Juuru_vallavalitsus, lk 57
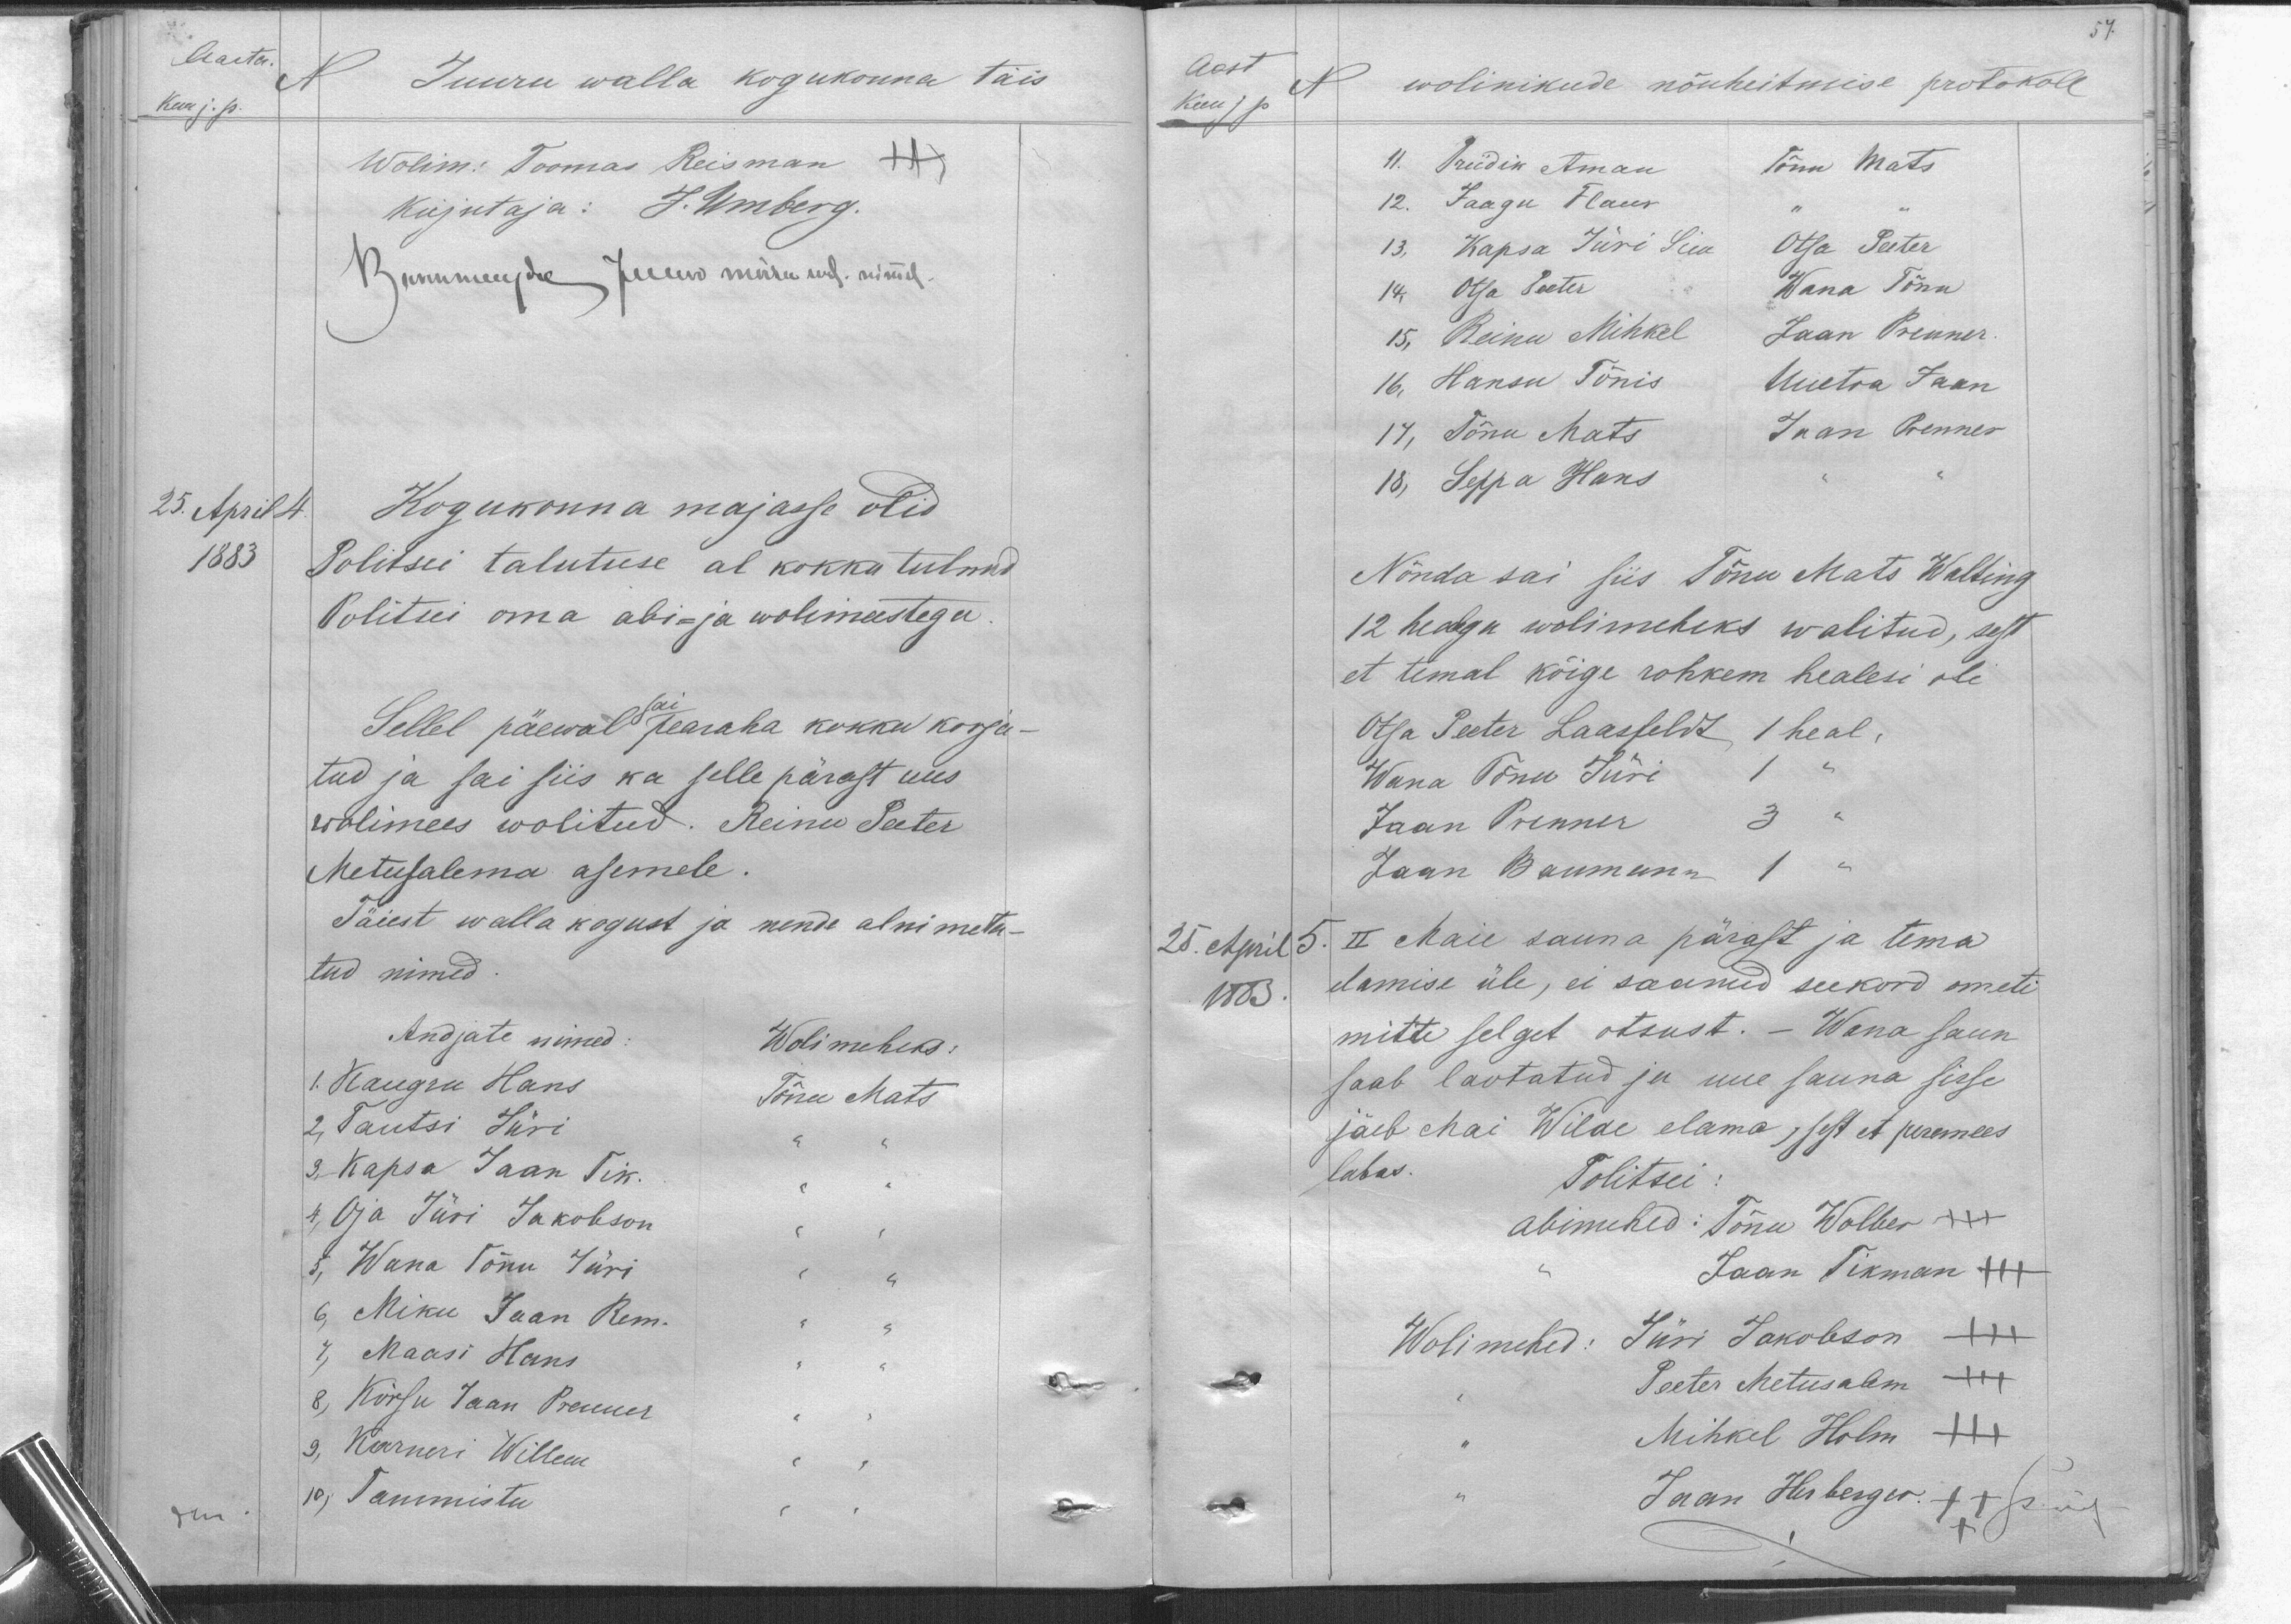
Aasta.
N
Kuu j. s.
Juuru walla kogukonna täis
Wolim: Toomas Reisman +++
Kirjutaja: J. Umberg.
Kannemuldse Jeecew märw uul. nimel
25. April 4.
1883
Kogukonna majasse olid
Politsei talutuse al kokku tulnud
Politsei oma abi- ja wolimeestega
Sellel päewal sai pearaha kokku korja-
tud ja sai siis ka selle pärast uus
wolimees wolitud. Reinu Peeter
Metusalema asemele.
Täiest walla kogust ja nende alnimeta-
tud nimed
Andjate nimed
Wolimeheks:
1. Kaugru Hans
Tõnu Mats
2. Tautsi Jüri
3. Kapsa Jaan Tik.
4. Oja Jüri Jakobson
5. Wana Tõnu Jüri
6. Miku Jaan Rem.
7. Maasi Hans.
8. Kõrsu Jaan Prenner
3. Kerneri Willem
10. Tammistu.

57.
Aast
N
Kuu j p
wolinikude nõuheitmise protokoll.
11, Priidik Aman
Tõnu Mats
12, Jaagu Flaur
13, Kapsa Jüri Siia
Otsa Peeter
14, Otsa Peeter
Wana Tõnu
15, Reinu Mihkel
Jaan Prenner
16, Hansu Tõnis
Uuetoa Jaan
17, Tõnu Mats
Jaan Prenner
18, Seppa Hans
Nõnda sai siis Tõnu Mats Walting
12 healegu wolimeheks walitud, sest
et temal kõige rohkem healesi oli.
Otsa Peeter Laasfeldt 1 heal,
Wana Tõnu Jüri 1
Jaan Prenner 3
Jaan Baumann
25. April 5.
1883
II Maie sauna pärast ja tema
elamise üle, ei saanud seekord ometi
mitte selget otsust. Wana saun
saab laotatud ja uue sauna sisse
jäeb Mai Wilde elama, sest et peremees
lubas.
Politsei :
abimehed: Tõnu Wolber +++
Jaan Tikman XXX
Wolimehed: Jüri Jakobson XXX
Peeter Metusalem XXX
Mihkel Holm XXX
Jaan Herberger XXX Jsüf